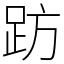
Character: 趽